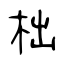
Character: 柮